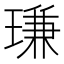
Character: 㻩